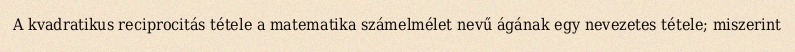
A kvadratikus reciprocitás tétele a matematika számelmélet nevű ágának egy nevezetes tétele; miszerint